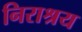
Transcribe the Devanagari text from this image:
निराश्रय